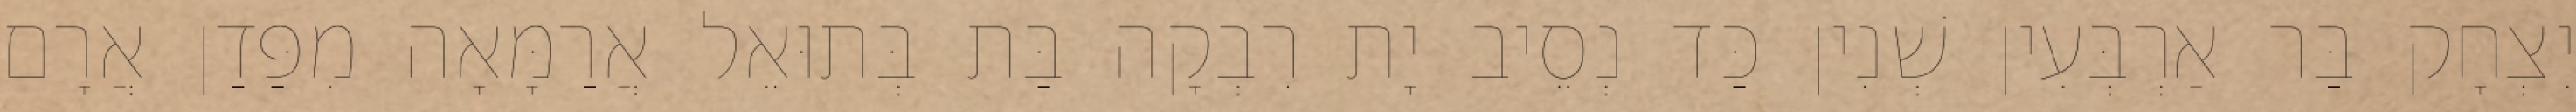
יִצְחָק בַּר אַרְבְּעִין שְׁנִין כַּד נְסֵיב יָת רִבְקָה בַּת בְּתוּאֵל אֲרַמָּאָה מִפַּדַן אֲרָם